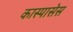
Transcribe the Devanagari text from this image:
कास्पासेस